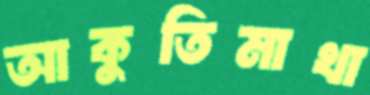
আকুতিমাখা